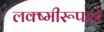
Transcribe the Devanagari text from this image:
लक्ष्मीरूपाने